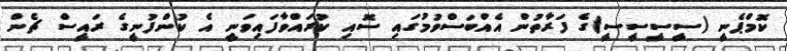
ކޮމްޕެނީ (ސީސީސީސީ)ގެ ފަރާތުން އެއްބަސްވުމުގައި ސޮއި ކުރައްވާފައިވަނީ އެ ކުންފުނީގެ ރައީސް ޗެން